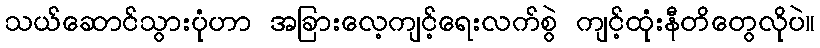
သယ်ဆောင်သွားပုံဟာ အခြားလေ့ကျင့်ရေးလက်စွဲ ကျင့်ထုံးနီတိတွေလိုပဲ။